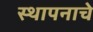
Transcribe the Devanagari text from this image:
स्थापनाचे